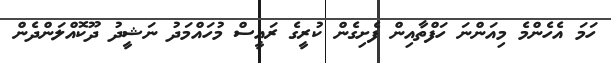
ހަމަ އެހެންމެ މިއަންނަ ހަފްތާއިން ފެށިގެން ކުރީގެ ރައީސް މުހައްމަދު ނަޝީދު ދޫކޮއްލަންދެން